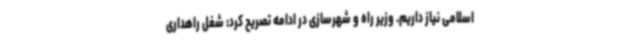
اسلامی نیاز داریم. وزیر راه و شهرسازی در ادامه تصریح کرد: شغل راهداری